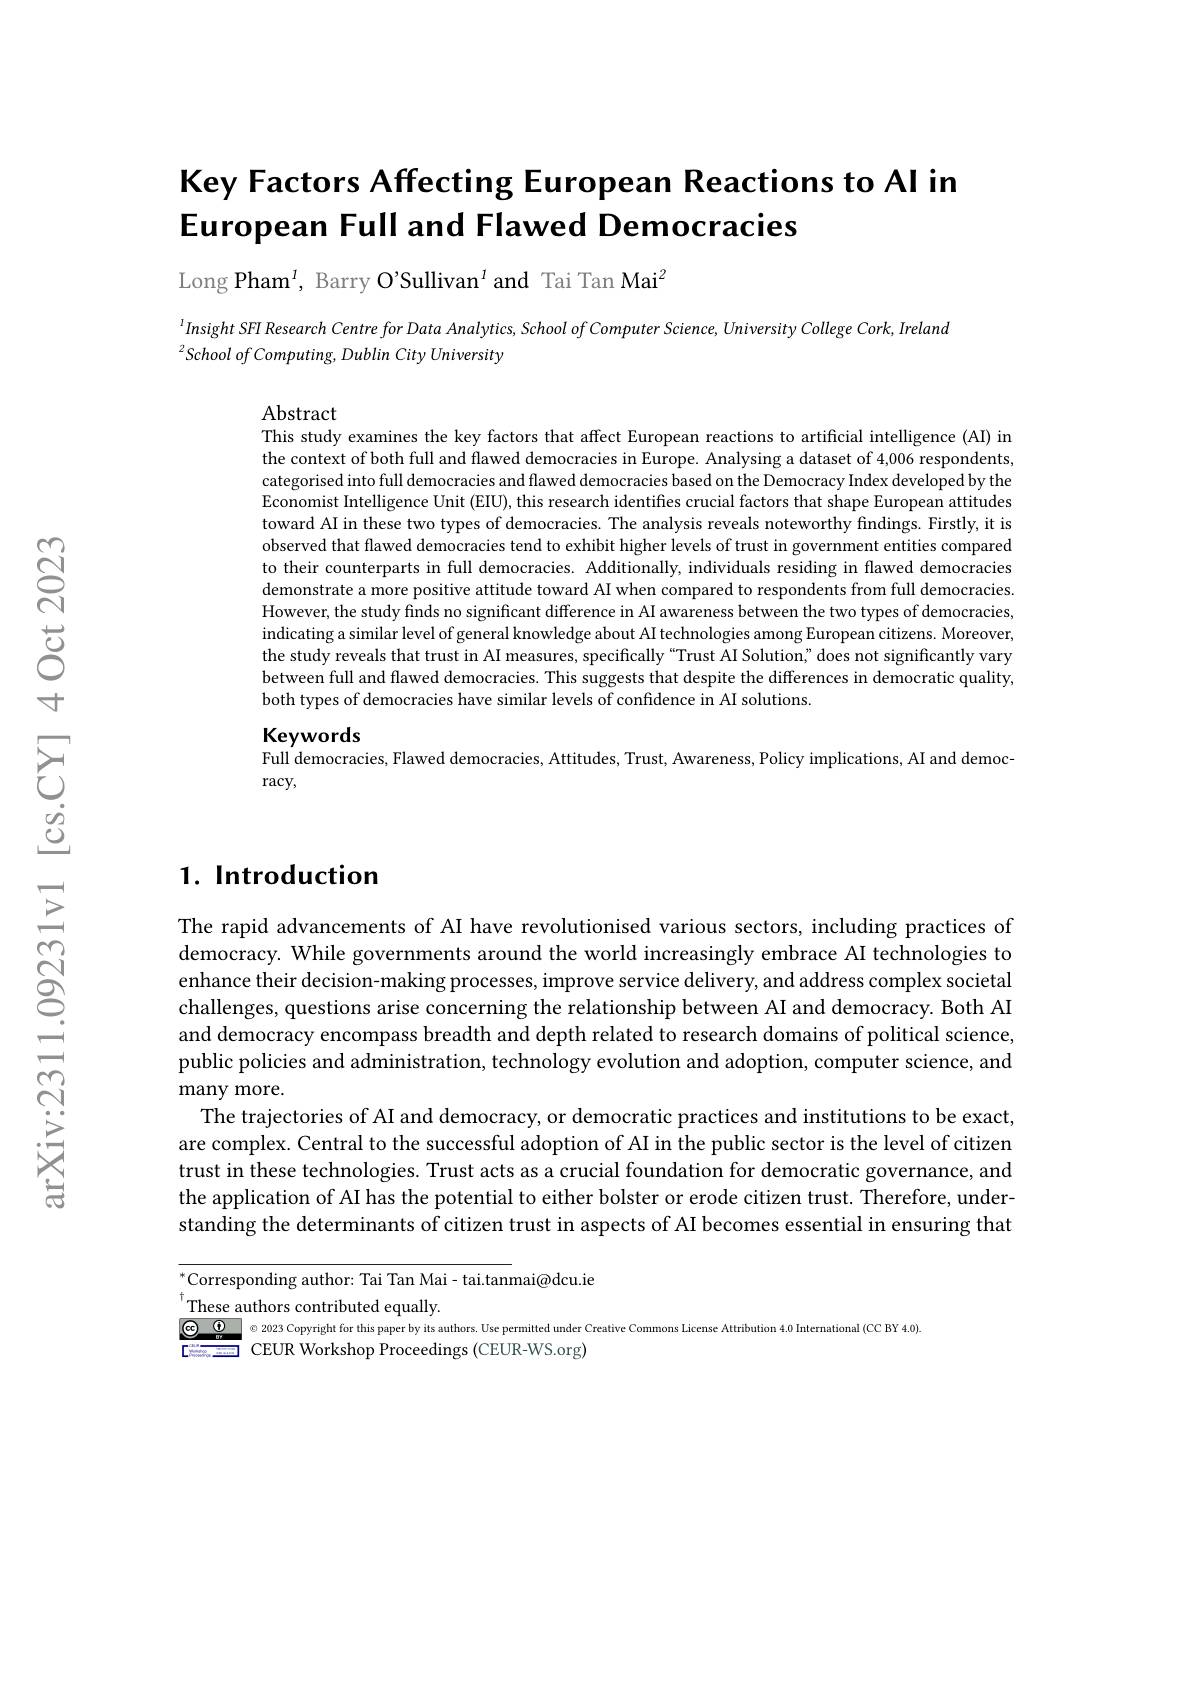
# Key Factors Affecting European Reactions to Al in European Full and Flawed Democracies

Long Pham$^{1}$, Barry O'Sullivan$^{1}$ and Tai Tan Mai$^{2}$

Insight $SFI$ Research Centre for Data $Analytics$, School $of$ Computer $Science$, University College $Cork$, Ireland
$^{2}School~of~Computing,~Dublin~City~University$

Abstract
This study examines the key factors that affect European reactions to artificial intelligence (AI) in the context of both full and flawed democracies in Europe. Analysing a dataset of 4,006 respondents, categorised into full democracies and flawed democracies based on the Democracy Index developed by the Economist Intelligence Unit (EIU), this research identifies crucial factors that shape European attitudes toward AI in these two types of democracies. The analysis reveals noteworthy findings. Firstly, it is observed that flawed democracies tend to exhibit higher levels of trust in government entities compared to their counterparts in full democracies. Additionally, individuals residing in flawed democracies demonstrate a more positive attitude toward AI when compared to respondents from full democracies However, the study finds no significant difference in AI awareness between the two types of democracies, indicating a similar level of general knowledge about AI technologies among European citizens. Moreover the study reveals that trust in AI measures, specifically "Trust AI Solution" does not significantly vary between full and flawed democracies. This suggests that despite the differences in democratic quality, both types of democracies have similar levels of confidence in AI solutions.

Keywords

Full democracies, Flawed democracies, Attitudes, Trust, Awareness, Policy implications, AI and democ-
$\operatorname{racy}$,

# $1. \textbf{ Introduction}$

The rapid advancements of AI have revolutionised various sectors, including practices of democracy. While governments around the world increasingly embrace AI technologies to enhance their decision-making processes, improve service delivery, and address complex societal challenges, questions arise concerning the relationship between AI and democracy. Both AI and democracy encompass breadth and depth related to research domains of political science, public policies and administration, technology evolution and adoption, computer science, and many more.
The trajectories of AI and democracy, or democratic practices and institutions to be exact are complex. Central to the successful adoption of AI in the public sector is the level of citizen trust in these technologies. Trust acts as a crucial foundation for democratic governance, and the application of AI has the potential to either bolster or erode citizen trust. Therefore, understanding the determinants of citizen trust in aspects of AI becomes essential in ensuring that

$^{*}$Corresponding author: Tai Tan Mai- tai.tanmai@dcu.ie
These authors contributed equally.
© 2023 Copyright for this paper by its authors. Use permitted under Creative Commons License Attribution 4.0 International (CC BY 4.0)
<FigureHere>
CEUR Workshop Proceedings (CEUR-WS.org)